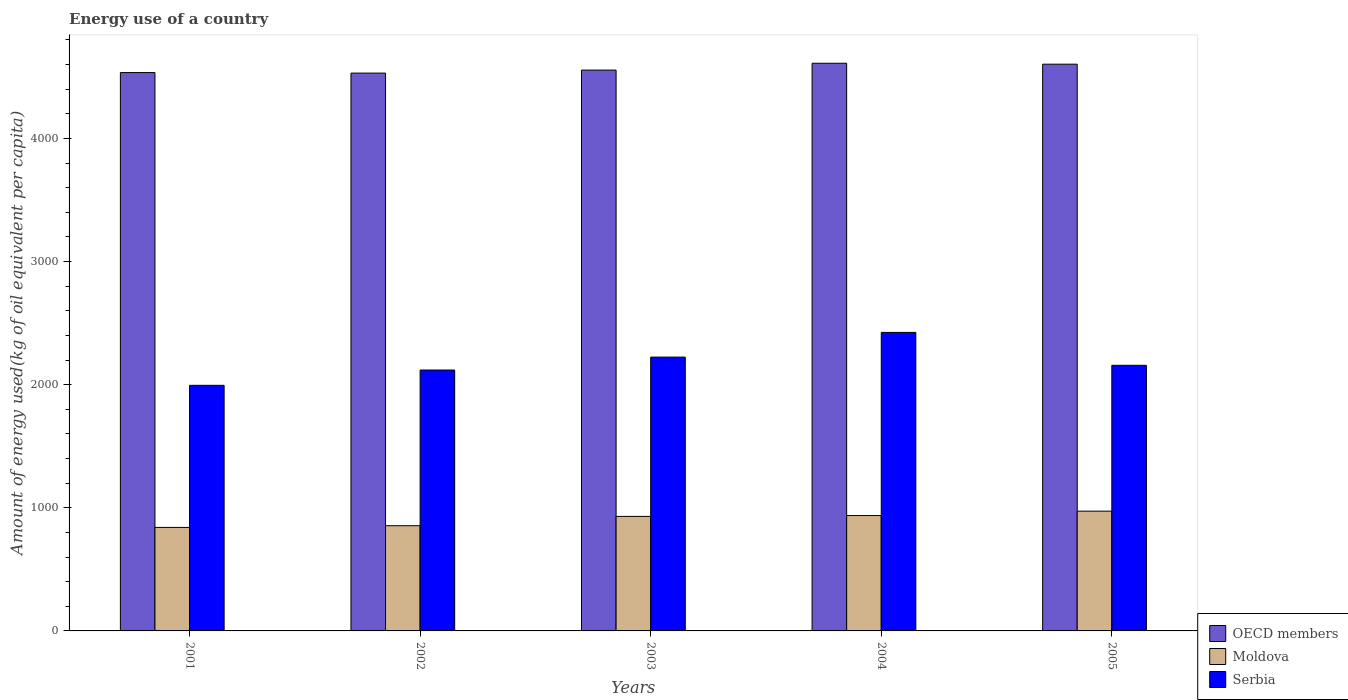
| Years | OECD members | Moldova | Serbia |
 | --- | --- | --- | --- |
 | 2001 | 4.53e+03 | 840 | 1.99e+03 |
 | 2002 | 4.53e+03 | 854 | 2.12e+03 |
 | 2003 | 4.55e+03 | 930 | 2.22e+03 |
 | 2004 | 4.61e+03 | 937 | 2.42e+03 |
 | 2005 | 4.6e+03 | 973 | 2.16e+03 |